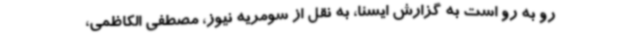
رو به رو است به گزارش ایسنا، به نقل از سومریه نیوز، مصطفی الکاظمی،